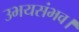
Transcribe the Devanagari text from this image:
उभयसंभव।